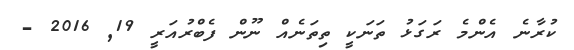
ކުރާނެ އެންމެ ރަގަޅު ތަނަކީ ތިތަނެއް ނޫން ފެބްރުއަރީ 19